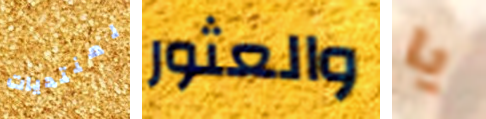
لمنتديات والعثور يا